Leaving Certificate Examination, 1906
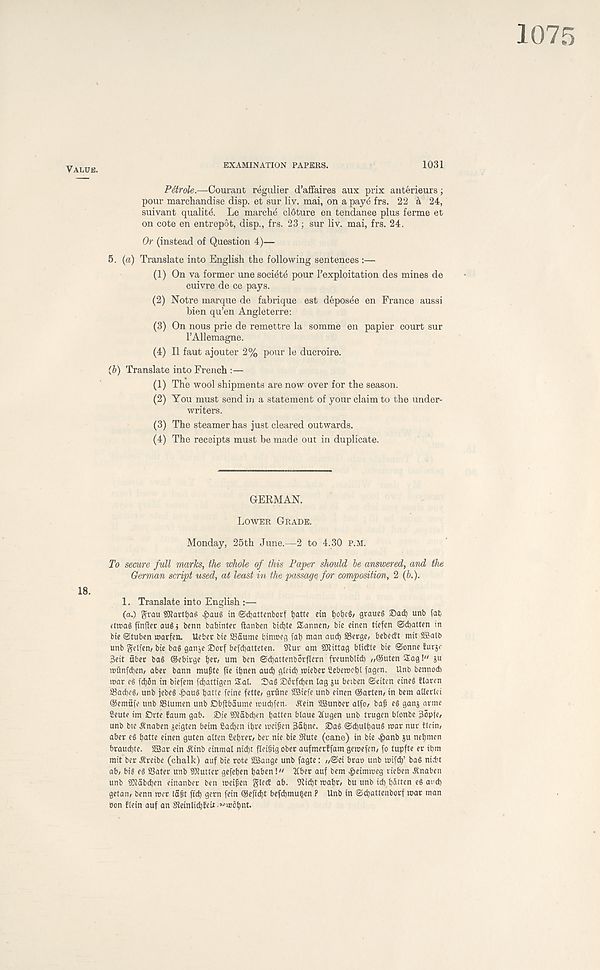
Value.
EXAMINATION PAPERS.
1031
Pdtrole.—Courant regulier d’affaires aux prix anterieurs;
pour marchandise disp. et sur liv. mai, on a paye frs. 22 a 24,
suivant quality. Le marche cldture en tendanee plus ferme et
on cote en entrepot, disp., frs. 23; sur liv. mai, frs. 24.
Or (instead of Question 4)—
5. (a) Translate into English the following sentences :—
(1) On va former une soci4t4 pour 1’exploitation des mines de
cuivre de ce pays.
(2) Notre marque de fabrique est deposee en France aussi
bien qu’en Angleterre:
(3) On nous prie de remettre la somme en papier court sur
I’Allemagne.
(4) II faut ajouter 2% pour le ducroire.
(b) Translate into French :—
(1) The wool shipments are now over for the season.
(2) You must send in a statement of your claim to the under-
writers.
(3) The steamer has just cleared outwards.
(4) The receipts must be made out in duplicate.
GERMAN.
Lower Grade.
Monday, 25th June.—2 to 4.30 p.m.
To secure full nmrks, the whole of this Paper should be answered, and the
German script used, at least in the passage for composition, 2 (b.).
18.
1. Translate into English :—
(a.) gran sfllartfiaS #aug in ©djattcnborf tjattc cin t)cbc§/ graucg ©ad) unb fat
ctnmg ftnjler au§ j benn babinter ftanben bidjte Sannen/ bie eincn tiefen ©(batten in
bie ©tuben warfen. Ueber bie SSSume binroeg fab man aud) SBerge, bebectt mit SBatb
unb gelfen/ bie baS ganje ©orf befcbatteten. fftur am SKittag blictte bie ©onne Eurjo
3eit fiber bag ©ebirge fjer, urn ben ©cbattenborflern freunblid) ,/®uten Sag!" jtt
mfinfcben/ aber bann mu^te fie ibnen aud) gleid) mieber Sebemobl fagen. Ul1 b bennocb
mar eg fd)5n in btefem fd)attigen Sal. ©ag ©6rfd)en lag ^u beiben ©eiten eineg Elaren
23acbeg, unb jebeg ^>aug batte feine fette/ grfine SSiefe unb einen ©acten, in bem allerlci
©emfife unb SSlumen unb Dbfibaume mucbfen. ^ein SBunber alfo^ ba^ eg ganj arme
2eute ini ©rte Eaum gab. ©ie SJlabdjen battf*! blaue ttugen unb trugen blonbc 3opfe/
unb btc Anaben jeigten beim fiadjen ibre mei^en 3abne. ©ag ©cbulbaug mar nur Elein (
aber eg batte einen guten alten Sebrer/ ber nie bie fRute (cane) in bie 4>anb ju nebmen
braud)te. 2Bar ein Ainb einmal nid)t fleigig ober aufmerEfam gemefen, fo tupfte er ibm
mit ber . SEreibe (chalk) auf bie rote SBange unb fagte: ,/©ei brao unb mifdb’ bag nicbt
ab/ big eg 23ater unb Gutter gefeben baben!“ 2Cber auf bem ^eimmeg rieben Anaben
unb SJlabdben einanber ben meifien glecE ab. fRicbt mabt/ bu unb id) batten eg and)
getan, benn mer lagt fid) gem fein ©efidjt befd)mu| en ? Unb in @d)attenborf mar man
non Elein auf an SteinlidjEeh •x’mbbnt.